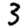
Digit: 3